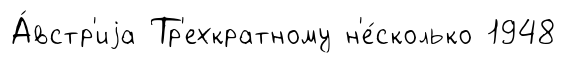
А́встр'иjа Тр'ехкратному н'е́сколько 1948